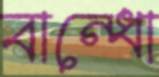
বান্ধো